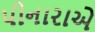
પીનારાએ